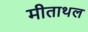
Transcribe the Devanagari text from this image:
मीताथल